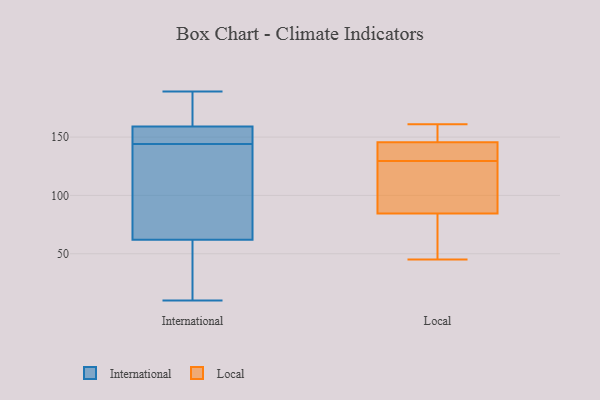
{"axis": {"x": "Tickets Resolved", "y": "Value"}, "legend": ["International", "Local"], "data": [{"x": "", "y": 72, "type": "International"}, {"x": "", "y": 150, "type": "International"}, {"x": "", "y": 35, "type": "International"}, {"x": "", "y": 10, "type": "International"}, {"x": "", "y": 140, "type": "International"}, {"x": "", "y": 167, "type": "International"}, {"x": "", "y": 153, "type": "International"}, {"x": "", "y": 53, "type": "International"}, {"x": "", "y": 90, "type": "International"}, {"x": "", "y": 149, "type": "International"}, {"x": "", "y": 164, "type": "International"}, {"x": "", "y": 46, "type": "International"}, {"x": "", "y": 62, "type": "International"}, {"x": "", "y": 189, "type": "International"}, {"x": "", "y": 188, "type": "International"}, {"x": "", "y": 159, "type": "International"}, {"x": "", "y": 80, "type": "International"}, {"x": "", "y": 148, "type": "International"}, {"x": "", "y": 149, "type": "Local"}, {"x": "", "y": 161, "type": "Local"}, {"x": "", "y": 45, "type": "Local"}, {"x": "", "y": 148, "type": "Local"}, {"x": "", "y": 77, "type": "Local"}, {"x": "", "y": 141, "type": "Local"}, {"x": "", "y": 92, "type": "Local"}, {"x": "", "y": 118, "type": "Local"}, {"x": "", "y": 45, "type": "Local"}, {"x": "", "y": 143, "type": "Local"}, {"x": "", "y": 128, "type": "Local"}, {"x": "", "y": 131, "type": "Local"}]}